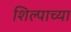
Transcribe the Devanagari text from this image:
शिल्पाच्या